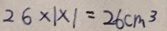
2 6 \times 1 \times 1 = 2 6 c m ^ { 3 }